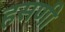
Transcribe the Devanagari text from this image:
हसणी